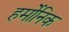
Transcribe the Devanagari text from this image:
हर्मोनिक